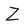
Character: Z